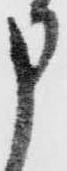
申